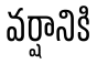
వర్షానికి